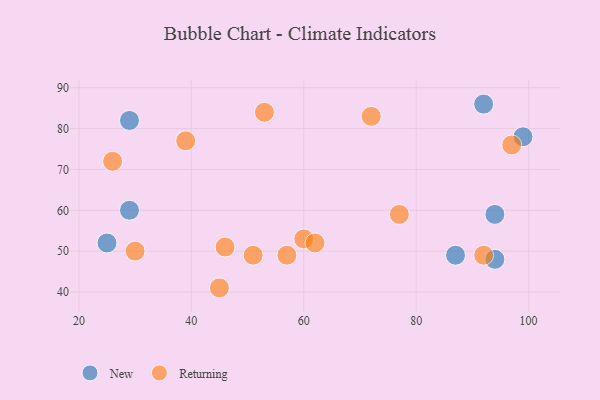
{"axis": {"x": "GDP", "y": "Life Expectancy"}, "legend": ["New", "Returning"], "data": [{"x": "92", "y": 86, "type": "New"}, {"x": "25", "y": 52, "type": "New"}, {"x": "29", "y": 60, "type": "New"}, {"x": "99", "y": 78, "type": "New"}, {"x": "94", "y": 59, "type": "New"}, {"x": "29", "y": 82, "type": "New"}, {"x": "87", "y": 49, "type": "New"}, {"x": "94", "y": 48, "type": "New"}, {"x": "57", "y": 49, "type": "Returning"}, {"x": "60", "y": 53, "type": "Returning"}, {"x": "30", "y": 50, "type": "Returning"}, {"x": "46", "y": 51, "type": "Returning"}, {"x": "45", "y": 41, "type": "Returning"}, {"x": "53", "y": 84, "type": "Returning"}, {"x": "77", "y": 59, "type": "Returning"}, {"x": "62", "y": 52, "type": "Returning"}, {"x": "97", "y": 76, "type": "Returning"}, {"x": "51", "y": 49, "type": "Returning"}, {"x": "26", "y": 72, "type": "Returning"}, {"x": "72", "y": 83, "type": "Returning"}, {"x": "92", "y": 49, "type": "Returning"}, {"x": "39", "y": 77, "type": "Returning"}]}